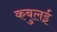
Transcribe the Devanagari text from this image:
कबुलई